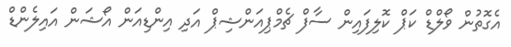
އެގޮތުން ވޯލްޑް ކަޕް ކޮލިފައިން ސާފް ޗެމްޕިއަންޝިޕް އަދި އިންޑިއަން އޯޝަން އައިލެންޑް